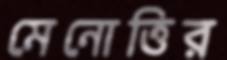
মেনোত্তির